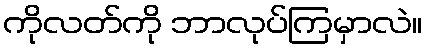
ကိုလတ်ကို ဘာလုပ်ကြမှာလဲ။